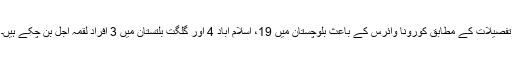
تفصیلات کے مطابق کورونا وائرس کے باعث بلوچستان میں 19، اسلام آباد 4 اور گلگت بلتستان میں 3 افراد لقمہ اجل بن چکے ہیں۔